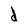
Character: d